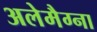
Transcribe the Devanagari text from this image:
अलेमैग्ना